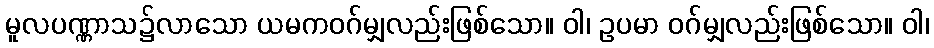
မူလပဏ္ဏာသ၌လာသော ယမကဝဂ်မျှလည်းဖြစ်သော။ ဝါ၊ ဥပမာ ဝဂ်မျှလည်းဖြစ်သော။ ဝါ၊